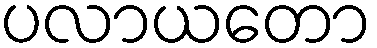
ပလာယတော